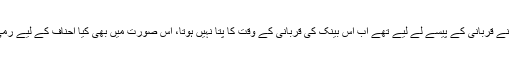
دوسرا سوال یہ ہے کہ اس حج میں‌ گورنمنٹ نے قربانی کے پیسے لے لیے تھے اب اس بینک کی قربانی کے وقت کا پتا نہیں‌ ہوتا، اس صورت میں‌ بھی کیا احناف کے لیے رمی، قربانی اور حلق میں‌ ترتیب ضروری ہے؟